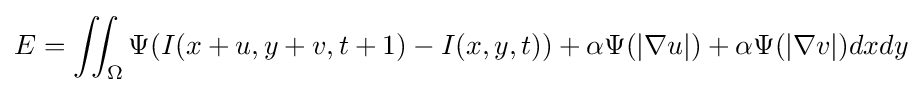
E=\iint _{\Omega }\Psi (I(x+u,y+v,t+1)-I(x,y,t))+\alpha \Psi (|\nabla u|)+\alpha \Psi (|\nabla v|)dxdy